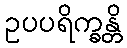
ဥပပရိက္ခန္တိ